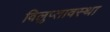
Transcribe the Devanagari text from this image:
विलुप्‍तावस्‍था